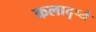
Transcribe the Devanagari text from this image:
कलादृष्ये